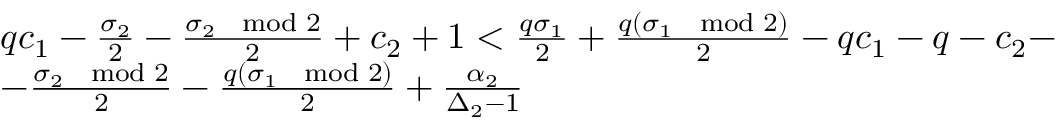
\begin{array} { r l } & { q c _ { 1 } - \frac { \sigma _ { 2 } } { 2 } - \frac { \sigma _ { 2 } \mod 2 } { 2 } + c _ { 2 } + 1 < \frac { q \sigma _ { 1 } } { 2 } + \frac { q ( \sigma _ { 1 } \mod 2 ) } { 2 } - q c _ { 1 } - q - c _ { 2 } - } \\ & { - \frac { \sigma _ { 2 } \mod 2 } { 2 } - \frac { q ( \sigma _ { 1 } \mod 2 ) } { 2 } + \frac { \alpha _ { 2 } } { \Delta _ { 2 } - 1 } } \end{array}